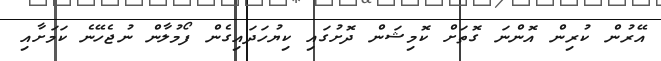
އޭރުން ކުރިން އޮންނަ ގޮތަށް ކޮމިޝަން ދޮށުގައި ކިޔުހަދައިގެން ފޯމުލާން ނުޖެހޭނެ ކަަމަށާއި